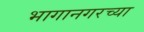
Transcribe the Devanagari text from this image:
भागानगरच्या